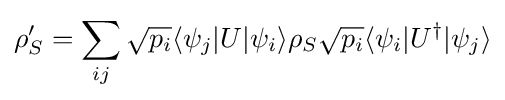
\rho _{S}'=\sum _{ij}{\sqrt {p_{i}}}\langle \psi _{j}|U|\psi _{i}\rangle \rho _{S}{\sqrt {p_{i}}}\langle \psi _{i}|U^{\dagger }|\psi _{j}\rangle